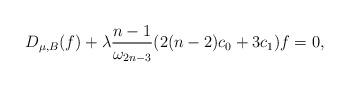
LaTeX: \begin{align*} D_{\mu,B}(f)+\lambda \frac{n-1}{\omega_{2n-3}}(2(n-2)c_0+3c_1)f=0,\end{align*}